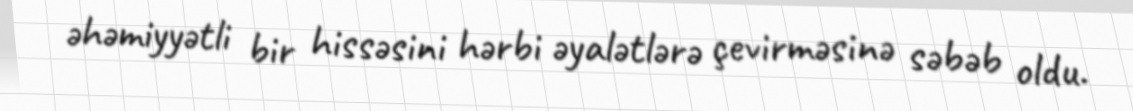
əhəmiyyətli bir hissəsini hərbi əyalətlərə çevirməsinə səbəb oldu.